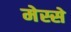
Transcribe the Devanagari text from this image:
मेस्से